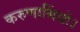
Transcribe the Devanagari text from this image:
करुणासिंधो।